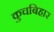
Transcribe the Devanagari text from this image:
कुचबिहार